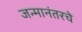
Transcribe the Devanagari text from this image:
जन्मानंतरचे